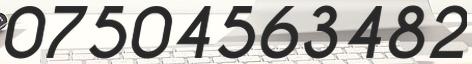
07504563482